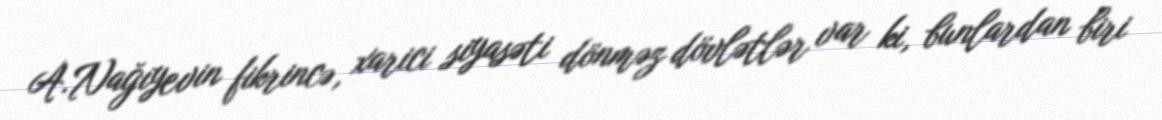
A.Nağıyevin fikrincə, xarici siyasəti dönməz dövlətlər var ki, bunlardan biri